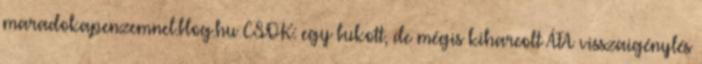
maradokapenzemnel.blog.hu CSOK: egy bukott, de mégis kiharcolt ÁFA visszaigénylés